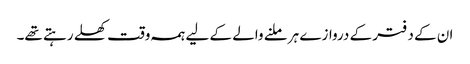
ان کے دفتر کے دروازے ہر ملنے والے کے لیے ہمہ وقت کھلے رہتے تھے۔